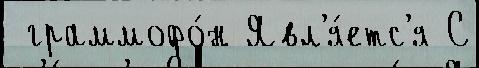
 граммофо́н Явл'я́етс'я С